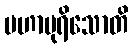
မဟာပုရိသောတိ